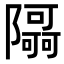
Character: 𮥯